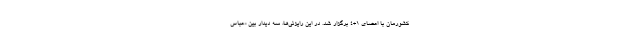
کشورمان با اعضای ۱+۴ برگزار شد. در این رایزنی‌ها، سه دیدار بین «عباس